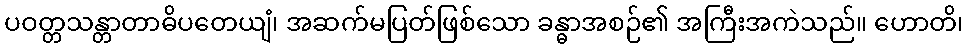
ပဝတ္တသန္တာတာဓိပတေယျံ၊ အဆက်မပြတ်ဖြစ်သော ခန္ဓာအစဉ်၏ အကြီးအကဲသည်။ ဟောတိ၊